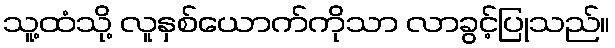
သူ့ထံသို့ လူနှစ်ယောက်ကိုသာ လာခွင့်ပြုသည်။